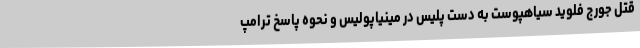
قتل جورج فلوید سیاهپوست به دست پلیس در مینیاپولیس و نحوه پاسخ ترامپ